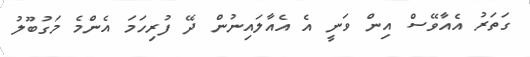
ގަތަރު އެއާވޭސް އިން ވަނީ އެ އެއާލައިނުން ދޭ ފުރިހަމަ އެންމެ މަގުބޫލު